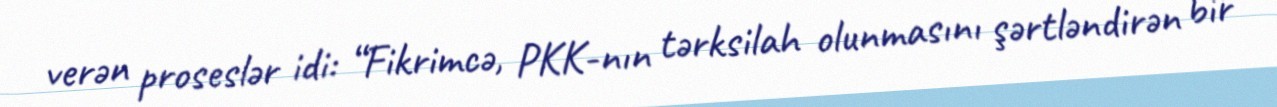
verən proseslər idi: “Fikrimcə, PKK-nın tərksilah olunmasını şərtləndirən bir